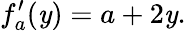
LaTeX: f_{a}^{\prime}(\mathit{y})=a+2\mathit{y}.